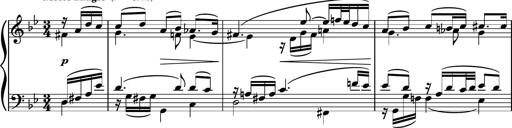
Title: Piano Sonatina No.4
Composer: Dimitri Sykias
Key: D major